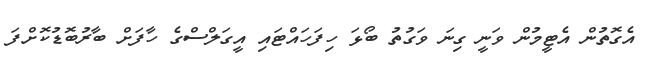
އެގޮތުން އެޓީމުން ވަނީ ގިނަ ވަގުތު ބޯޅަ ހިފަހައްޓައި އީގަލްސްގެ ހާފަށް ބާރުބޮޑުކޮށްފަ